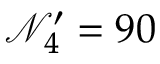
\mathcal { N } _ { 4 } ^ { \prime } = 9 0